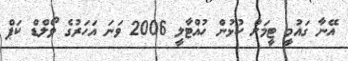
އޭނާ ގައުމީ ޓީމަށް ކުޅުން ހުއްޓާލީ 2006 ވަނަ އަހަރުގެ ވޯލްޑް ކަޕް